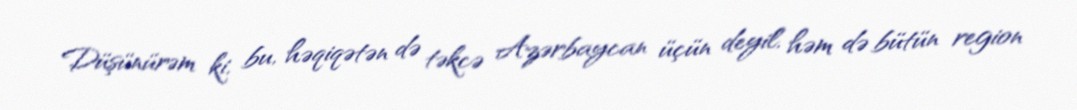
Düşünürəm ki, bu, həqiqətən də təkcə Azərbaycan üçün deyil, həm də bütün region